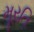
મૂરતિ